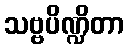
သဗ္ဗပိဏ္ဍိတာ